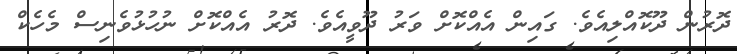
ދޮރުން ދޫކޮއްލިއެވެ. ގައިން އެއްކޮށް ވަރު ދޫވީއެވެ. ދޮރު އެއްކޮށް ނުހުޅުވެނިސް މެހެކް